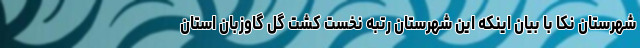
شهرستان نکا با بیان اینکه این شهرستان رتبه نخست کشت گل گاوزبان استان